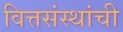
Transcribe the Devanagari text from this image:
वित्तसंस्थांची